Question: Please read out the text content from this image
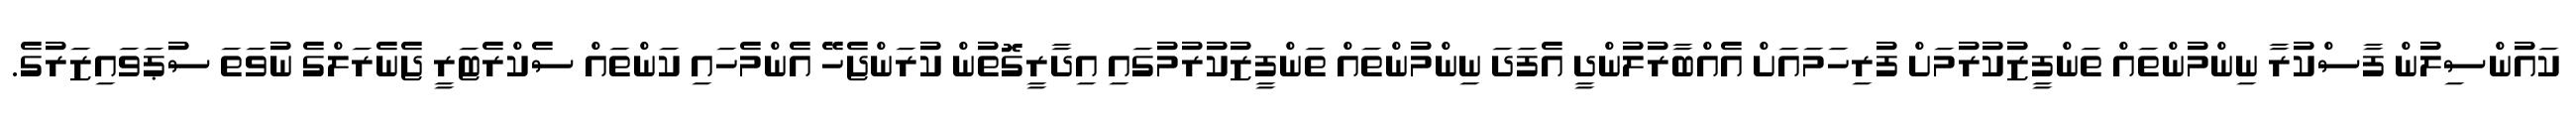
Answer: ކައުންސިލުން ފާސްކުރާ ނިންމުންތައް ތަންފީޒުކުރުމަށް ފުރިހަމައަށް އެއްބާރުލުންދީ އެފަދަ ނިންމުންތައް ތަންފީޒުކުރުމުގައި އިދާރީގޮތުން ކުރަންޖެހޭ އެންމެހައި ކަންތައް ސެކްރެޓަރީ ޖެނެރަލްގެ ނުވަތަ ސުޕަވައިޒަރުގެ.